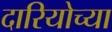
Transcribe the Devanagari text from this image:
दारियोच्या